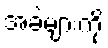
အခဲများကို